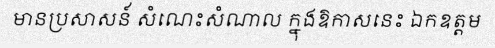
មានប្រសាសន៍ សំណេះសំណាល ក្នុងឱកាសនេះ ឯកឧត្តម